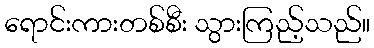
ရောင်းကားတစ်စီး သွားကြည့်သည်။